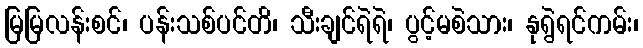
မြမြလန်းစင်၊ ပန်းသစ်ပင်တိ၊ သီးချင်ရဲရဲ၊ ပွင့်မစဲသား၊ နုရွဲရင်ကမ်း၊